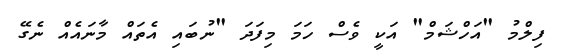
ފިލްމު "އަހްޝަމް" އަކީ ވެސް ހަމަ މިފަދަ "ނުބައި އެތައް މާނައެއް ނެގޭ